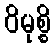
ဝိမုစ္စိ